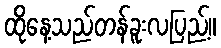
ထိုနေ့သည်တန်ခူးလပြည့်။